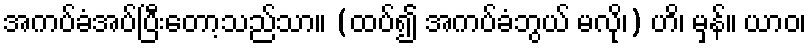
အကပ်ခံအပ်ပြီးတော့သည်သာ။ (ထပ်၍ အကပ်ခံဘွယ် မလို၊) ဟိ၊ မှန်။ ယာဝ၊